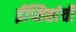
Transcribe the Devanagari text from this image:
ईप्सितांची